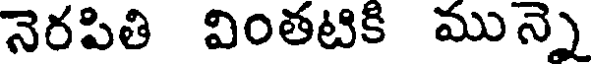
నెరపితి వింతటికి మున్నె